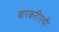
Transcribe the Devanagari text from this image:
वारकरीपंथी